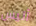
أليس